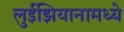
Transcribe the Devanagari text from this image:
लुईझियानामध्ये